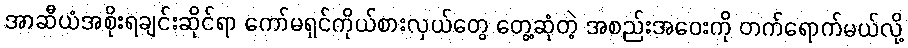
အာဆီယံအစိုးရချင်းဆိုင်ရာ ကော်မရှင်ကိုယ်စားလှယ်တွေ တွေ့ဆုံတဲ့ အစည်းအဝေးကို တက်ရောက်မယ်လို့